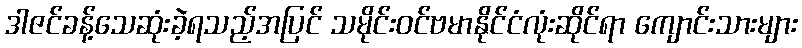
ဒါဇင်ခန့်သေဆုံးခဲ့ရသည့်အပြင် သမိုင်းဝင်ဗမာနိုင်ငံလုံးဆိုင်ရာ ကျောင်းသားများ